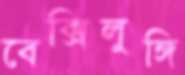
বেক্সিলুঙ্গি